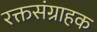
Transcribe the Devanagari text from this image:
रक्तसंग्राहक